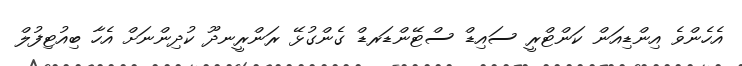
އެހެންވެ އިންޑިއަން ކަންޓްރީ ސައިޑް ސްޓޭންޑަރޑް ގެންގުޅޭ ރަންރީނދޫ ކުދިންނަށް އެހާ ބިއުޓިފުލް